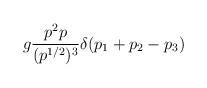
LaTeX: \begin{align*}g\frac{p^2 p}{(p^{1/2})^3}\delta (p_1+p_2-p_3)\end{align*}